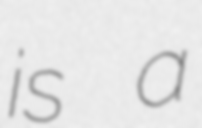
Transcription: is a